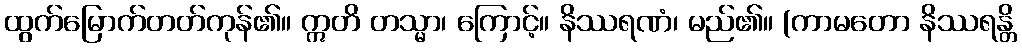
ထွက်မြောက်တတ်ကုန်၏။ ဣတိ တသ္မာ၊ ကြောင့်။ နိဿရဏံ၊ မည်၏။ (ကာမတော နိဿရန္တိ